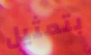
بتمثيل